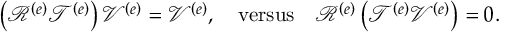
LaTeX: \left( \mathcal { R } ^ { \left( e \right) } \mathcal { T } ^ { \left( e \right) } \right) \mathcal { V } ^ { \left( e \right) } = \mathcal { V } ^ { \left( e \right) } , \quad \mathrm { v e r s u s } \quad \mathcal { R } ^ { \left( e \right) } \left( \mathcal { T } ^ { \left( e \right) } \mathcal { V } ^ { \left( e \right) } \right) = 0 .